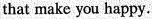
that make you happy.